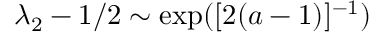
\lambda _ { 2 } - 1 / 2 \sim \exp ( [ 2 ( a - 1 ) ] ^ { - 1 } )